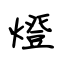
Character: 燈